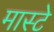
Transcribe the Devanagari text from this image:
मास्टे